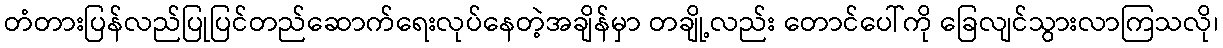
တံတားပြန်လည်ပြုပြင်တည်ဆောက်ရေးလုပ်နေတဲ့အချိန်မှာ တချို့လည်း တောင်ပေါ်ကို ခြေလျင်သွားလာကြသလို၊